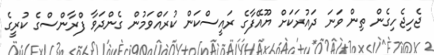
ޖެހިޖެހިގެން ތިން ވަނަ ދައުރަކަށް ޔޫއޭފާގެ ރައީސްކަން ކުރައްވަމުން ގެންދަވާ ފްރާންސްގެ ކުރީގެ